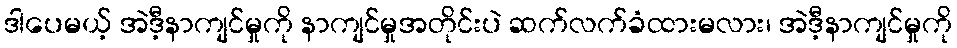
ဒါပေမယ့် အဲဒီ့နာကျင်မှုကို နာကျင်မှုအတိုင်းပဲ ဆက်လက်ခံထားမလား၊ အဲဒီ့နာကျင်မှုကို